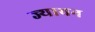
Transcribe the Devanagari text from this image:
ज्याचन